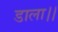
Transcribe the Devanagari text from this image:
डाला।।